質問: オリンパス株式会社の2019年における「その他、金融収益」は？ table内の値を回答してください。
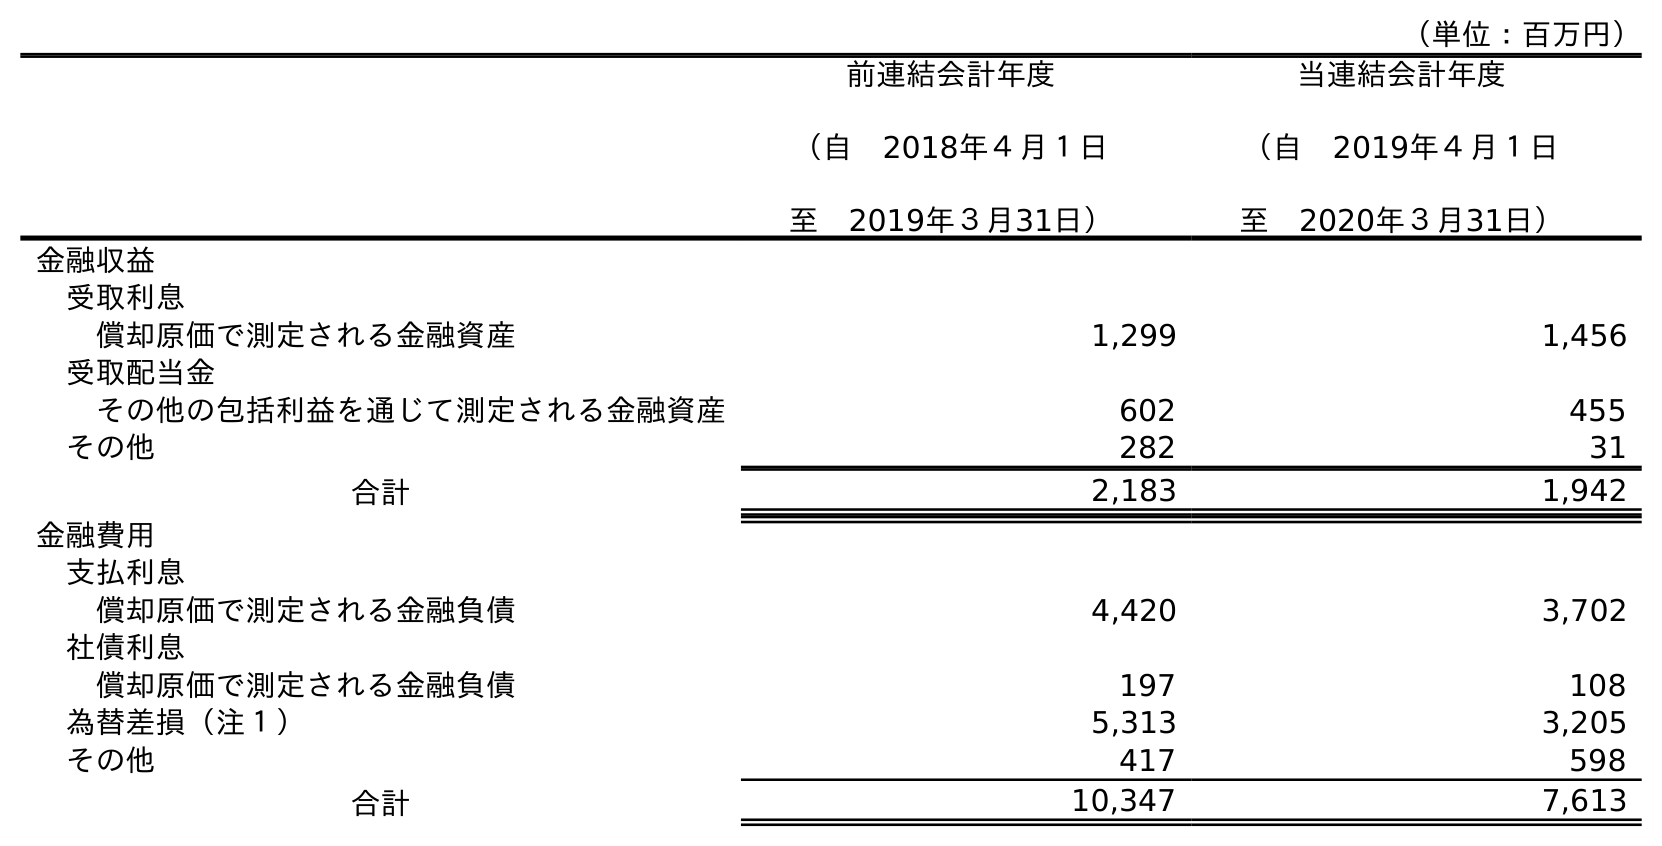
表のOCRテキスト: （単位：百万円） 前連結会計年度 （自 2018年４月１日 至 2019年３月31日） 当連結会計年度 （自 2019年４月１日 至 2020年３月31日） 金融収益 受取利息 償却原価で測定される金融資産 1,299 1,456 受取配当金 その他の包括利益を通じて測定される金融資産 602 455 その他 282 31 合計 2,183 1,942 金融費用 支払利息 償却原価で測定される金融負債 4,420 3,702 社債利息 償却原価で測定される金融負債 197 108 為替差損（注１） 5,313 3,205 その他 417 598 合計 10,347 7,613
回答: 282